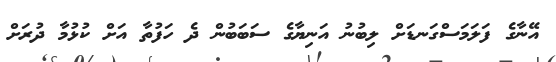
އޭނާގެ ފަލަމަސްގަނޑަށް ލިބުނު އަނިޔާގެ ސަބަބުން ދެ ހަފުތާ އަށް ކުޅުމާ ދުރަށް